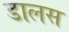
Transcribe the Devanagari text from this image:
डालस